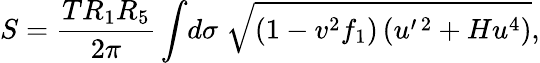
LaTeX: S=\frac{TR_{1}R_{5}}{2\pi}\int\! d\sigma\; \sqrt{(1-v^{2}f_{1})\left(u^{\prime\, 2}+Hu^{4}\right)},